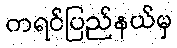
ကရင်ပြည်နယ်မှ